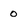
Character: o